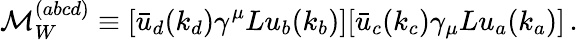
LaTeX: {\cal M}_{W}^{(abcd)}\equiv[\bar{u}_{d}(k_{d})\gamma^{\mu}Lu_{b}(k_{b})][\bar{u}_{c}(k_{c})\gamma_{\mu}Lu_{a}(k_{a})]\, .